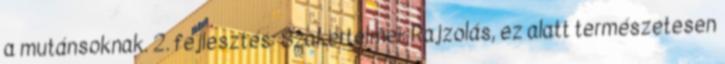
a mutánsoknak. 2. fejlesztés: Szakértelmei: Rajzolás, ez alatt természetesen